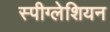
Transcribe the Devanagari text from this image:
स्पीग्लेशियन